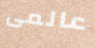
عالمى